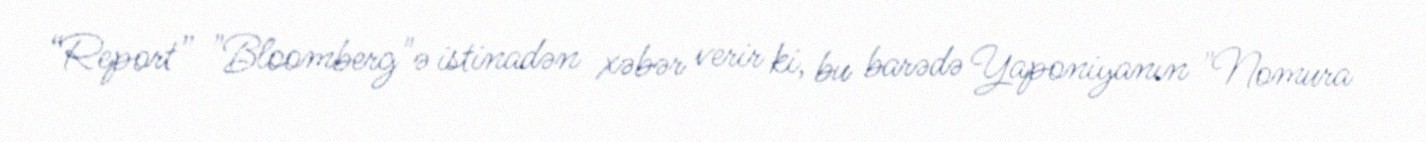
“Report” "Bloomberg"ə istinadən xəbər verir ki, bu barədə Yaponiyanın "Nomura